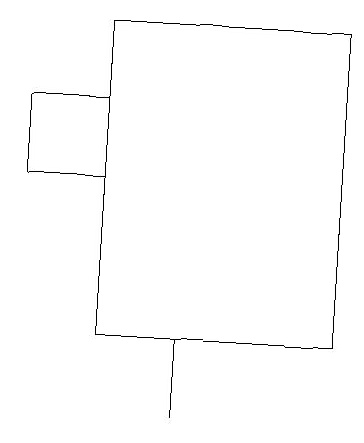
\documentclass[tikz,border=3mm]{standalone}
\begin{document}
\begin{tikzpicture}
\draw (2,16) rectangle (3,15);
\draw (3,17) rectangle (6,13);
\draw (4,13) rectangle (4,12);
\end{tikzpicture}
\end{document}